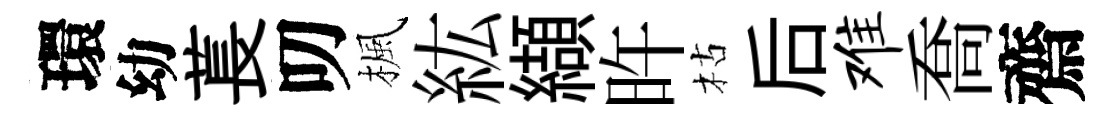
環幼萇叨楓紘纈旿枯后难喬齋